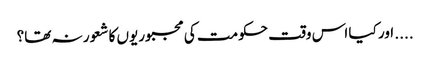
.... اور کیا اس وقت حکومت کی مجبوریوں کا شعور نہ تھا؟